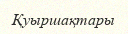
Қуыршақтары